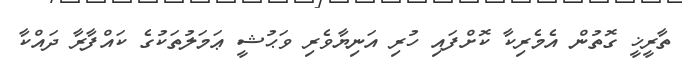
ތާރީޚީ ގޮތުން އެމެރިކާ ކޮށްފައި ހުރި އަނިޔާވެރި ވަޙުޝީ ޢަމަލުތަކުގެ ކައްފާރާ ދައްކާ